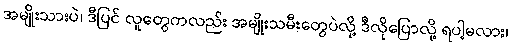
အမျိုးသားပဲ၊ ဒီပြင် လူတွေကလည်း အမျိုးသမီးတွေပဲလို့ ဒီလိုပြောလို့ ရပါ့မလား၊